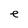
Character: e